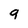
Character: 9